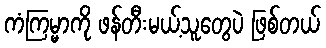
ကံကြမ္မာကို ဖန်တီးမယ့်သူတွေပဲ ဖြစ်တယ်